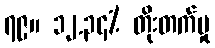
၇၉။ ၁၂.၃၄% တိုးတက်မှု